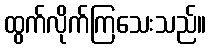
ထွက်လိုက်ကြသေးသည်။